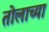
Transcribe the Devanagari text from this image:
तोलाच्या